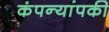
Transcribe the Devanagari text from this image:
कंपन्यांपकी